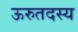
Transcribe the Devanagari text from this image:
ऊरुतदस्य